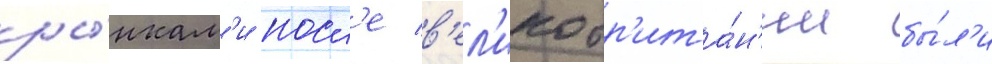
ры́нкам'и посл'е в'ел'икобр'ита́н'ии бы́л'и